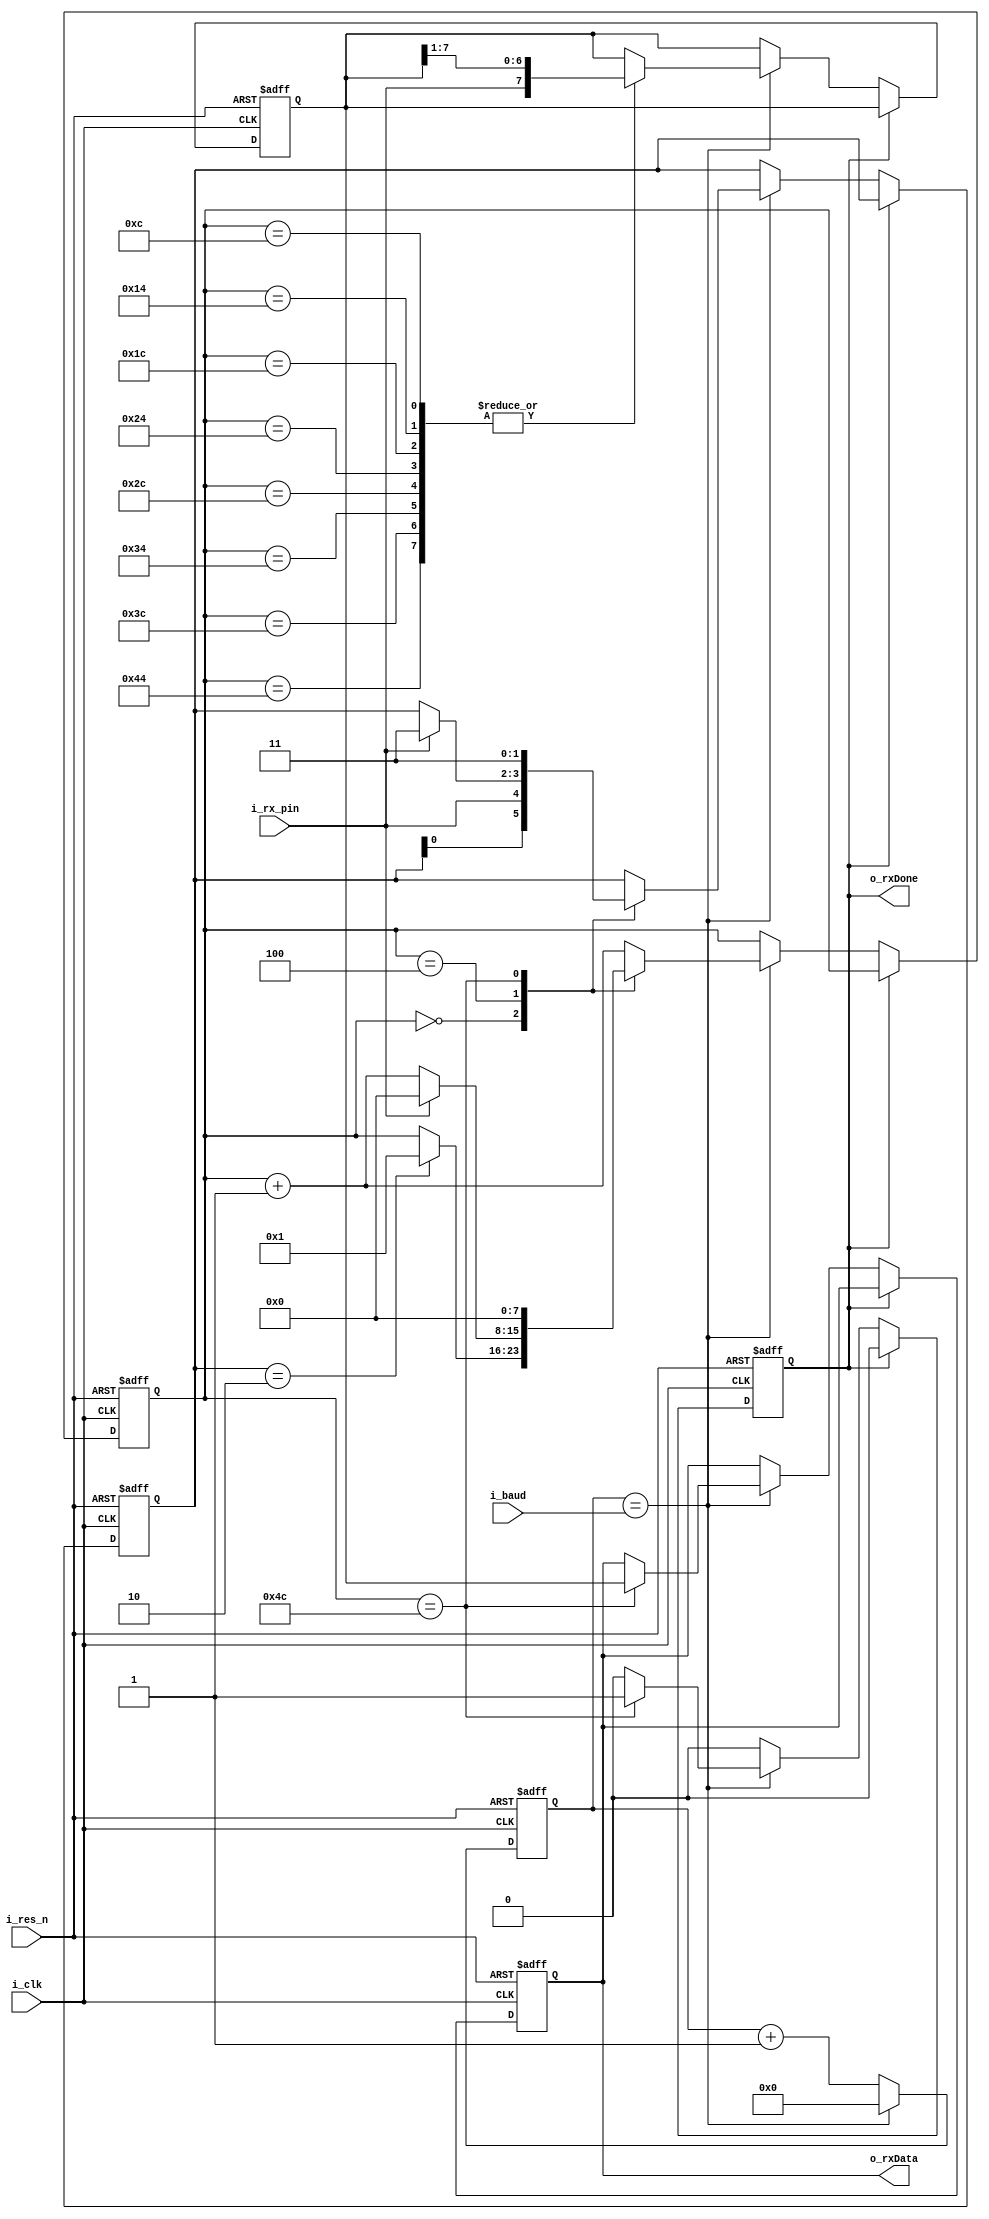
/********************************************************
 * Title    : UART Receive module
 * Design   : kingyo
 ********************************************************/
module UART_Rx (
    input   wire            i_clk,
    input   wire            i_res_n,
    input   wire    [15:0]  i_baud,   // bps8
    input   wire            i_rx_pin,
    output  reg             o_rxDone,
    output  reg     [ 7:0]  o_rxData
    );
    
    //-----------
    // register
    //-----------
    reg [ 7:0]  r_rxBuf;
    reg [ 1:0]  r_stbit;
    reg [ 7:0]  r_bitCounter;
    reg [15:0]  r_baud_cnt;
    
    //------
    // wire
    //------
    wire        w_serial_clk;
    
    //--------------
    // UART CLK GEN
    //--------------
    always @(posedge i_clk or negedge i_res_n) begin
        if (~i_res_n) begin
            r_baud_cnt <= 16'h0000;
        end else begin
            if (w_serial_clk) begin
                r_baud_cnt <= 16'h0000;
            end else begin
                r_baud_cnt <= r_baud_cnt + 16'h0001;
            end
        end
    end
    assign  w_serial_clk = (r_baud_cnt == i_baud);
    
    //-------------------
    // UART Receive Core
    //-------------------
    always @(posedge i_clk or negedge i_res_n) begin
        if (~i_res_n) begin
            o_rxDone <= 1'b0;
            o_rxData <= 8'd0;
            r_rxBuf <= 8'd0;
            r_stbit <= 2'b11;
            r_bitCounter <= 8'd0;
        end else if (o_rxDone) begin
            o_rxDone <= 0;
        end else if (w_serial_clk) begin
        // 8
            // 
            case (r_bitCounter)
                // 
                0 : begin
                    // 
                    r_stbit[1:0] <= {r_stbit[0], i_rx_pin};
                    if (r_stbit == 2'b10) begin
                        r_bitCounter <= 1;
                    end
                end
            
                // Start bit
                4 : begin
                    if (~i_rx_pin) begin
                        r_bitCounter <= r_bitCounter + 8'd1;
                    end else begin
                        r_stbit <= 2'b11;
                        r_bitCounter <= 0;
                    end
                end
                
                // Data bit
                12,20,28,36,44,52,60,68 : begin
                    r_bitCounter <= r_bitCounter + 8'd1;
                    r_rxBuf <= {i_rx_pin, r_rxBuf[7:1]};
                end
                
                // Stop bit
                76 : begin
                    r_bitCounter <= 0;
                    r_stbit <= 2'b11;
                    
                    // 
                    o_rxData <= r_rxBuf;
                    
                    // 
                    o_rxDone <= 1;
                end
                
                // other
                default : begin
                    r_bitCounter <= r_bitCounter + 8'd1;
                end
            endcase
        end
    end
    
endmodule